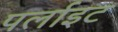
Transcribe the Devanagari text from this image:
पर्लाइट